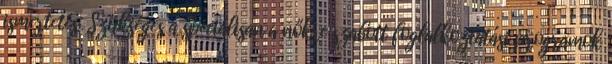
ismertetés: Szükséges a speciálisan a nőkre szabott foglalkoztatási programok